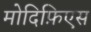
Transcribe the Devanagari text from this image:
मोदिफ़िएस